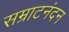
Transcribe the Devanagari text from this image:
सम्राटनंदन